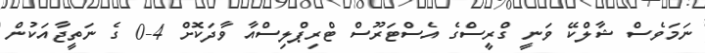
ނަމަވެސް ޝާލްކޭ ވަނީ ގްރީސްގެ އެސްޓަރޫސް ޓްރިޕްލިސްއާ ވާދަކޮށް 4-0 ގެ ނަތީޖާއަކުން